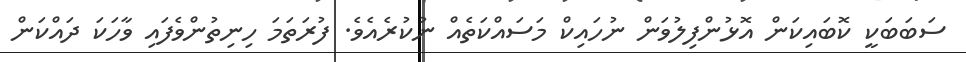
ސަބަބަކީ ކޮބައިކަން އޮޅުންފިލުވަން ނުހައިކް މަސައްކަތެއް ނުކުރެއެވެ. ފުރަތަމަ ހިނިތުންވެފައި ވާހަކަ ދައްކަން